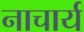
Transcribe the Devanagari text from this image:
नाचार्य